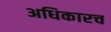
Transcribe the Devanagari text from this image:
अधिकारच